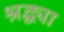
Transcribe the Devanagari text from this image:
श्रद्ध्या